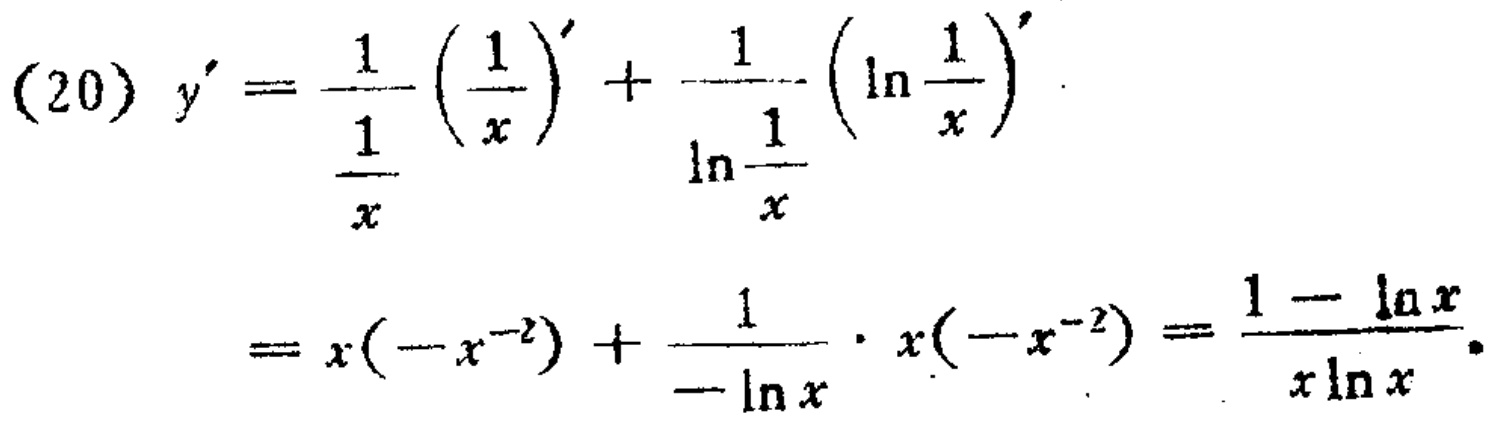
\[
\begin{align*}
(20)\ y'&=\frac{1}{\frac{1}{x}}\left(\frac{1}{x}\right)'+\frac{1}{\ln\frac{1}{x}}\left(\ln\frac{1}{x}\right)'\\
&=x(-x^{-2})+\frac{1}{-\ln x}\cdot x(-x^{-2})=\frac{1 - \ln x}{x\ln x}
\end{align*}
\]